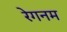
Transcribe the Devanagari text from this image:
रेगनम